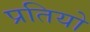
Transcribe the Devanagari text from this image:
प्रतियो